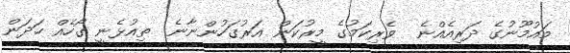
މައުމޫނުގެ ދަރިއެއްނެ  ވެރިކަމުގެ މީރުކަން އަރުގަހުންނާނެ  ތިއުޅެނީ ގޯހެއް ހަދަން